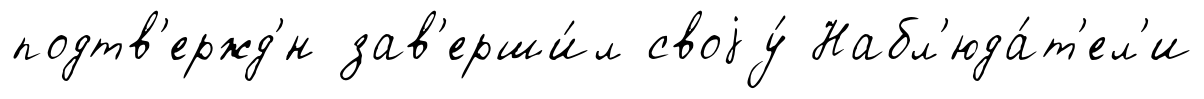
подтв'ержд'́н зав'ерши́л своjу́ Набл'юда́т'ел'и